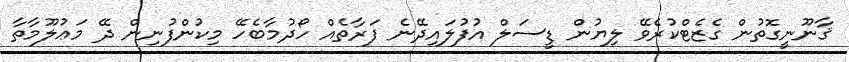
ޤާނޫނީގޮތުން ގެޒެޓްކުރެވޭ ލިޔުން ޑީސަލް އުފުލައިދޭނެ ފަރާތެއް ހޯދުމާބެހޭ މިކުންފުނިން ދޭ މަޢުލޫމާތާ